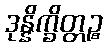
ဒုန္နိက္ခိတ္တဉ္စ